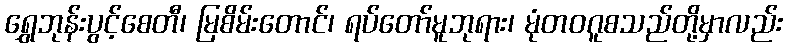
ရွှေဘုန်းပွင့်စေတီ၊ မြစိမ်းတောင်၊ ရပ်တော်မူဘုရား၊ မုံတဝဂူစသည်တို့မှာလည်း